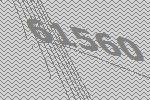
61560